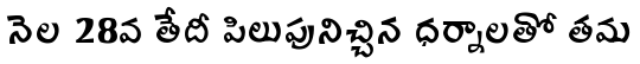
నెల 28వ తేదీ పిలుపునిచ్చిన ధర్నాలతో తమ